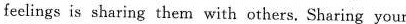
feelings is sharing them with others. Sharing your